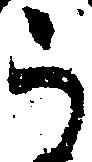
う